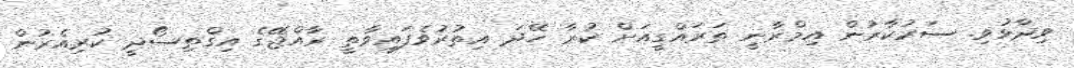
ވިދާޅުވި. ސަރުކާރުން އިމްރާނީ ތަރައްގީއަށް ކުރާ ހޭދަ އިތުރުވެފައިވާތީ ރާއްޖޭގެ އިގްތިސޯދީ ކުރިއެރުން